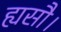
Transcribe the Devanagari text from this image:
ह्यसौ।